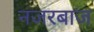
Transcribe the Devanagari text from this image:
नजरबाज